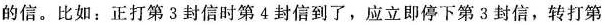
信。比如：正打第3封信时第4封信到了，应立即停下第3封信，转打第